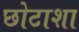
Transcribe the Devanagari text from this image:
छोटाशा